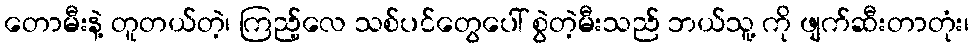
တောမီးနဲ့ တူတယ်တဲ့၊ ကြည့်လေ သစ်ပင်တွေပေါ် စွဲတဲ့မီးသည် ဘယ်သူ့ ကို ဖျက်ဆီးတာတုံး၊